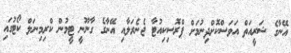
އޭނާގެ ޝަރީއަތް އަވަސްކޮށްދިނުމަށް ޕްރޮސިކިއުޓާ ޖެނެރަލާއި އޭނާގެ ގާނޫނީ ޓީމުން ކްރިމިނަލް ކޯޓުގައި